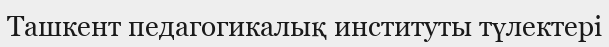
Ташкент педагогикалық институты түлектері